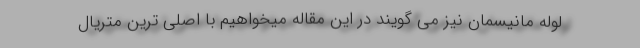
لوله مانیسمان نیز می گویند در این مقاله میخواهیم با اصلی ترین متریال